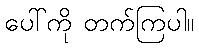
ပေါ်ကို တက်ကြပါ။